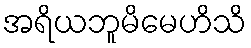
အရိယဘူမိမေဟိသိ